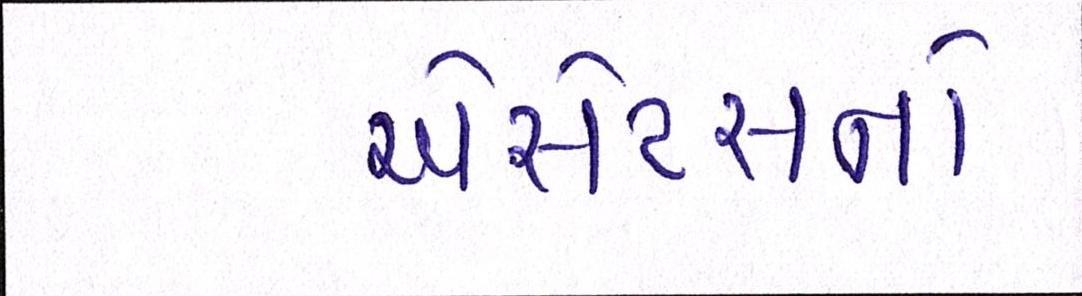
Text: એસેટસનો